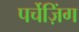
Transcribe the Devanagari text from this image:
पर्चेज़िंग